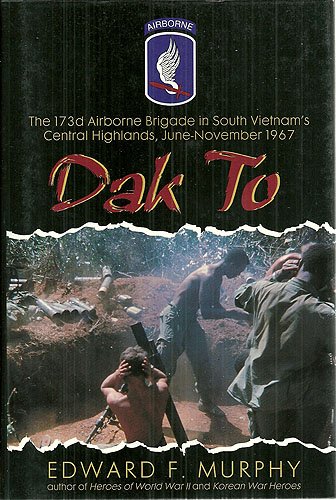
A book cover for Dak to: The 173d Airborne Brigade in South Vietnam's Central Highlands, June-November 1967; Edward F. Murphy; History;